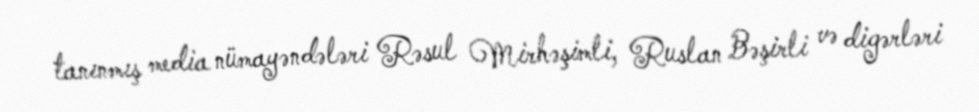
tanınmış media nümayəndələri Rəsul Mirhəşimli, Ruslan Bəşirli və digərləri